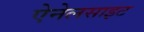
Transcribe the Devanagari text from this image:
ऐनेलसाइट